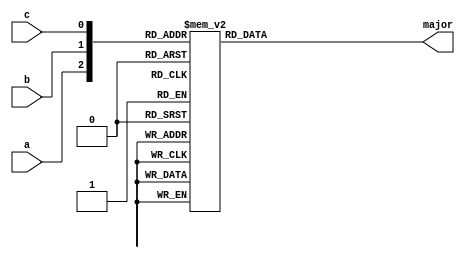
`timescale 1ps / 1fs
//////////////////////////////////////////////////////////////////////////////////
// Company: 
// Engineer: 
// 
// Design Name: 
// Module Name: majority
// Project Name: 
// Target Devices: 
// Tool Versions: 
// Description: 
// 
// Dependencies: 
// 
// Revision:
// Revision 0.01 - File Created
// Additional Comments:
// 
//////////////////////////////////////////////////////////////////////////////////


module majority(
    input a,
    input b,
    input c,
    output reg major
    );
    
    always@(*)
    begin
        case({a,b,c})
            3'b000: major = 0;
            3'b001: major = 0;
            3'b010: major = 0;
            3'b011: major = 1;
            3'b100: major = 0;
            3'b101: major = 1;
            3'b110: major = 1;
            3'b111: major = 1;
        endcase
    end
endmodule